Annual report on the working of the lock hospitals in the North-Western Provinces and Oudh
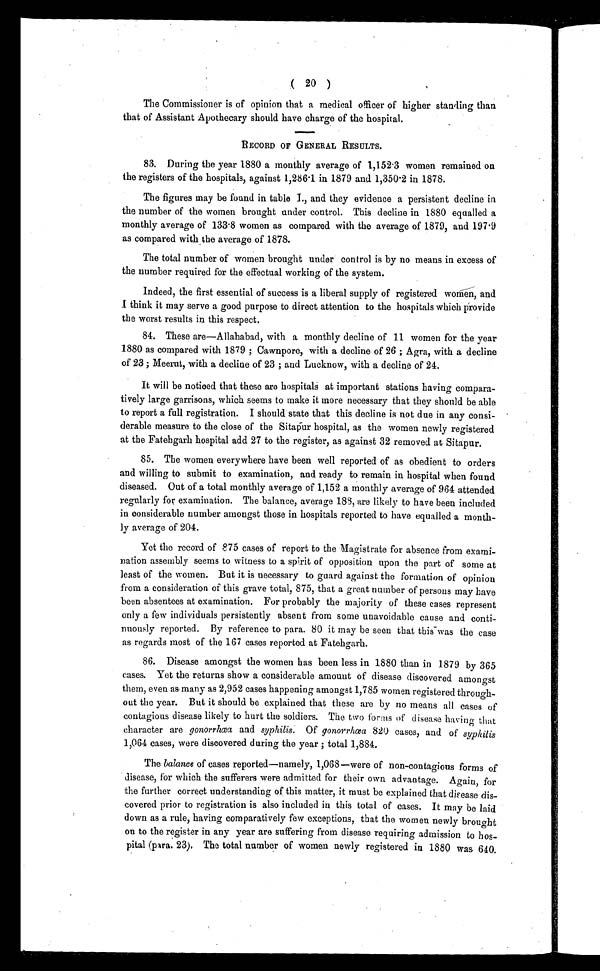
( 20 )
The Commissioner is of opinion that a medical officer of higher standing than
that of Assistant Apothecary should have charge of the hospital.
RECORD OF GENERAL RESULTS.
83. During the year 1880 a monthly average of 1,152.3 women remained on
the registers of the hospitals, against 1,286 . 1 in 1879 and 1,350'2 in 1878.
The figures may be found in table I., and they evidence a persistent decline in
the number of the women brought under control. This decline in 1880 equalled a
monthly average of 133.8 women as compared with the average of 1879, and 197.9
as compared with the average of 1878.
The total number of women brought under control is by no means in excess of
the number required for the effectual working of the system.
Indeed, the first essential of success is a liberal supply of registered women, and
think it may serve a good purpose to direct attention to the hospitals which Provide
the worst results in this respect.
84. These are—Allahabad, with a monthly decline of 11 women for the year
1880 as compared with 1879 ; Cawnpore, with a decline of 26 ; Agra, with a decline
of 23 ; Meerut, with a decline of 23 ; and Lucknow, with a decline of 24.
It will be noticed that these are hospitals at important stations having compara-
tively large garrisons, which seems to make it more necessary that they should be able
to report a full registration. I should state that this decline is not due in any consi-
derable measure to the close of the Sitapur hospital, as the women newly registered
at the Fatehgarh hospital add 27 to the register, as against 32 removed at Sitapur.
85. The women everywhere have been well reported of as obedient to orders
and willing to submit to examination, and ready to remain in hospital when found
diseased. Out of a total monthly average of 1,152 a monthly average of 964 attended
regularly for examination. The balance, average 188, are likely to have been included
in considerable number amongst those in hospitals reported to have equalled a month-
ly average of 204.
Yet the record of 875 cases of report to the Magistrate for absence from exami-
nation assembly seems to witness to a spirit of opposition upon the part of some at
least of the women. But it is necessary to guard against the formation of opinion
from a consideration of this grave total, 875, that a great number of persons may have
been absentees at examination. For probably the majority of these cases represent
only a few individuals persistently absent from some unavoidable cause and conti-
nuously reported. By reference to para. 80 it may be seen that this was the case
as regards most of the 167 cases reported at Fatehgarh.
86. Disease amongst the women has been less in 1880 than in 1879 by 365
cases. Yet the returns show a considerable amount of disease discovered amongst
them, even as many as 2,952 cases happening amongst 1,785 women registered through-
out the year. But it should be explained that these are by no means all cases of
contagious disease likely to hurt the soldiers. The two forms of disease having that
character are gonorrhœa and syphilis. Of gonorrhœa 820 cases, and of syphilis
1,064 cases, were discovered during the year ; total 1,884.
The balance of cases reported—namely, 1,068—were of non-contagious forms of
disease, for which the sufferers were admitted for their own advantage. Again, for
the further correct understanding of this matter, it must be explained that disease dis-
covered prior to registration is also included in this total of cases. It may be laid
down as a rule, having comparatively few exceptions, that the women newly brought
on to the register in any year are suffering from disease requiring admission to hos-
pital (para. 23). The total number of women newly registered in 1880 was 640.